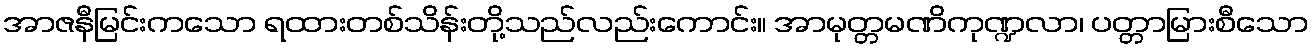
အာဇနီမြင်းကသော ရထားတစ်သိန်းတို့သည်လည်းကောင်း။ အာမုတ္တမဏိကုဏ္ဍလာ၊ ပတ္တာမြားစီသော